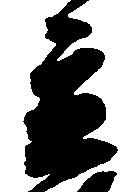
立